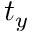
t _ { y }